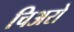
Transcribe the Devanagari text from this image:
चिअरो